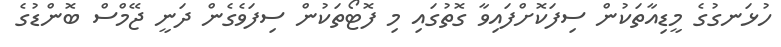
ހުޅަނގުގެ މީޑިއާތަކުން ސިފަކޮށްފައިވާ ގޮތުގައި މި ފޮޓޯތަކުން ސިފަވެގެން ދަނީ ޖޭމްސް ބޮންޑުގެ